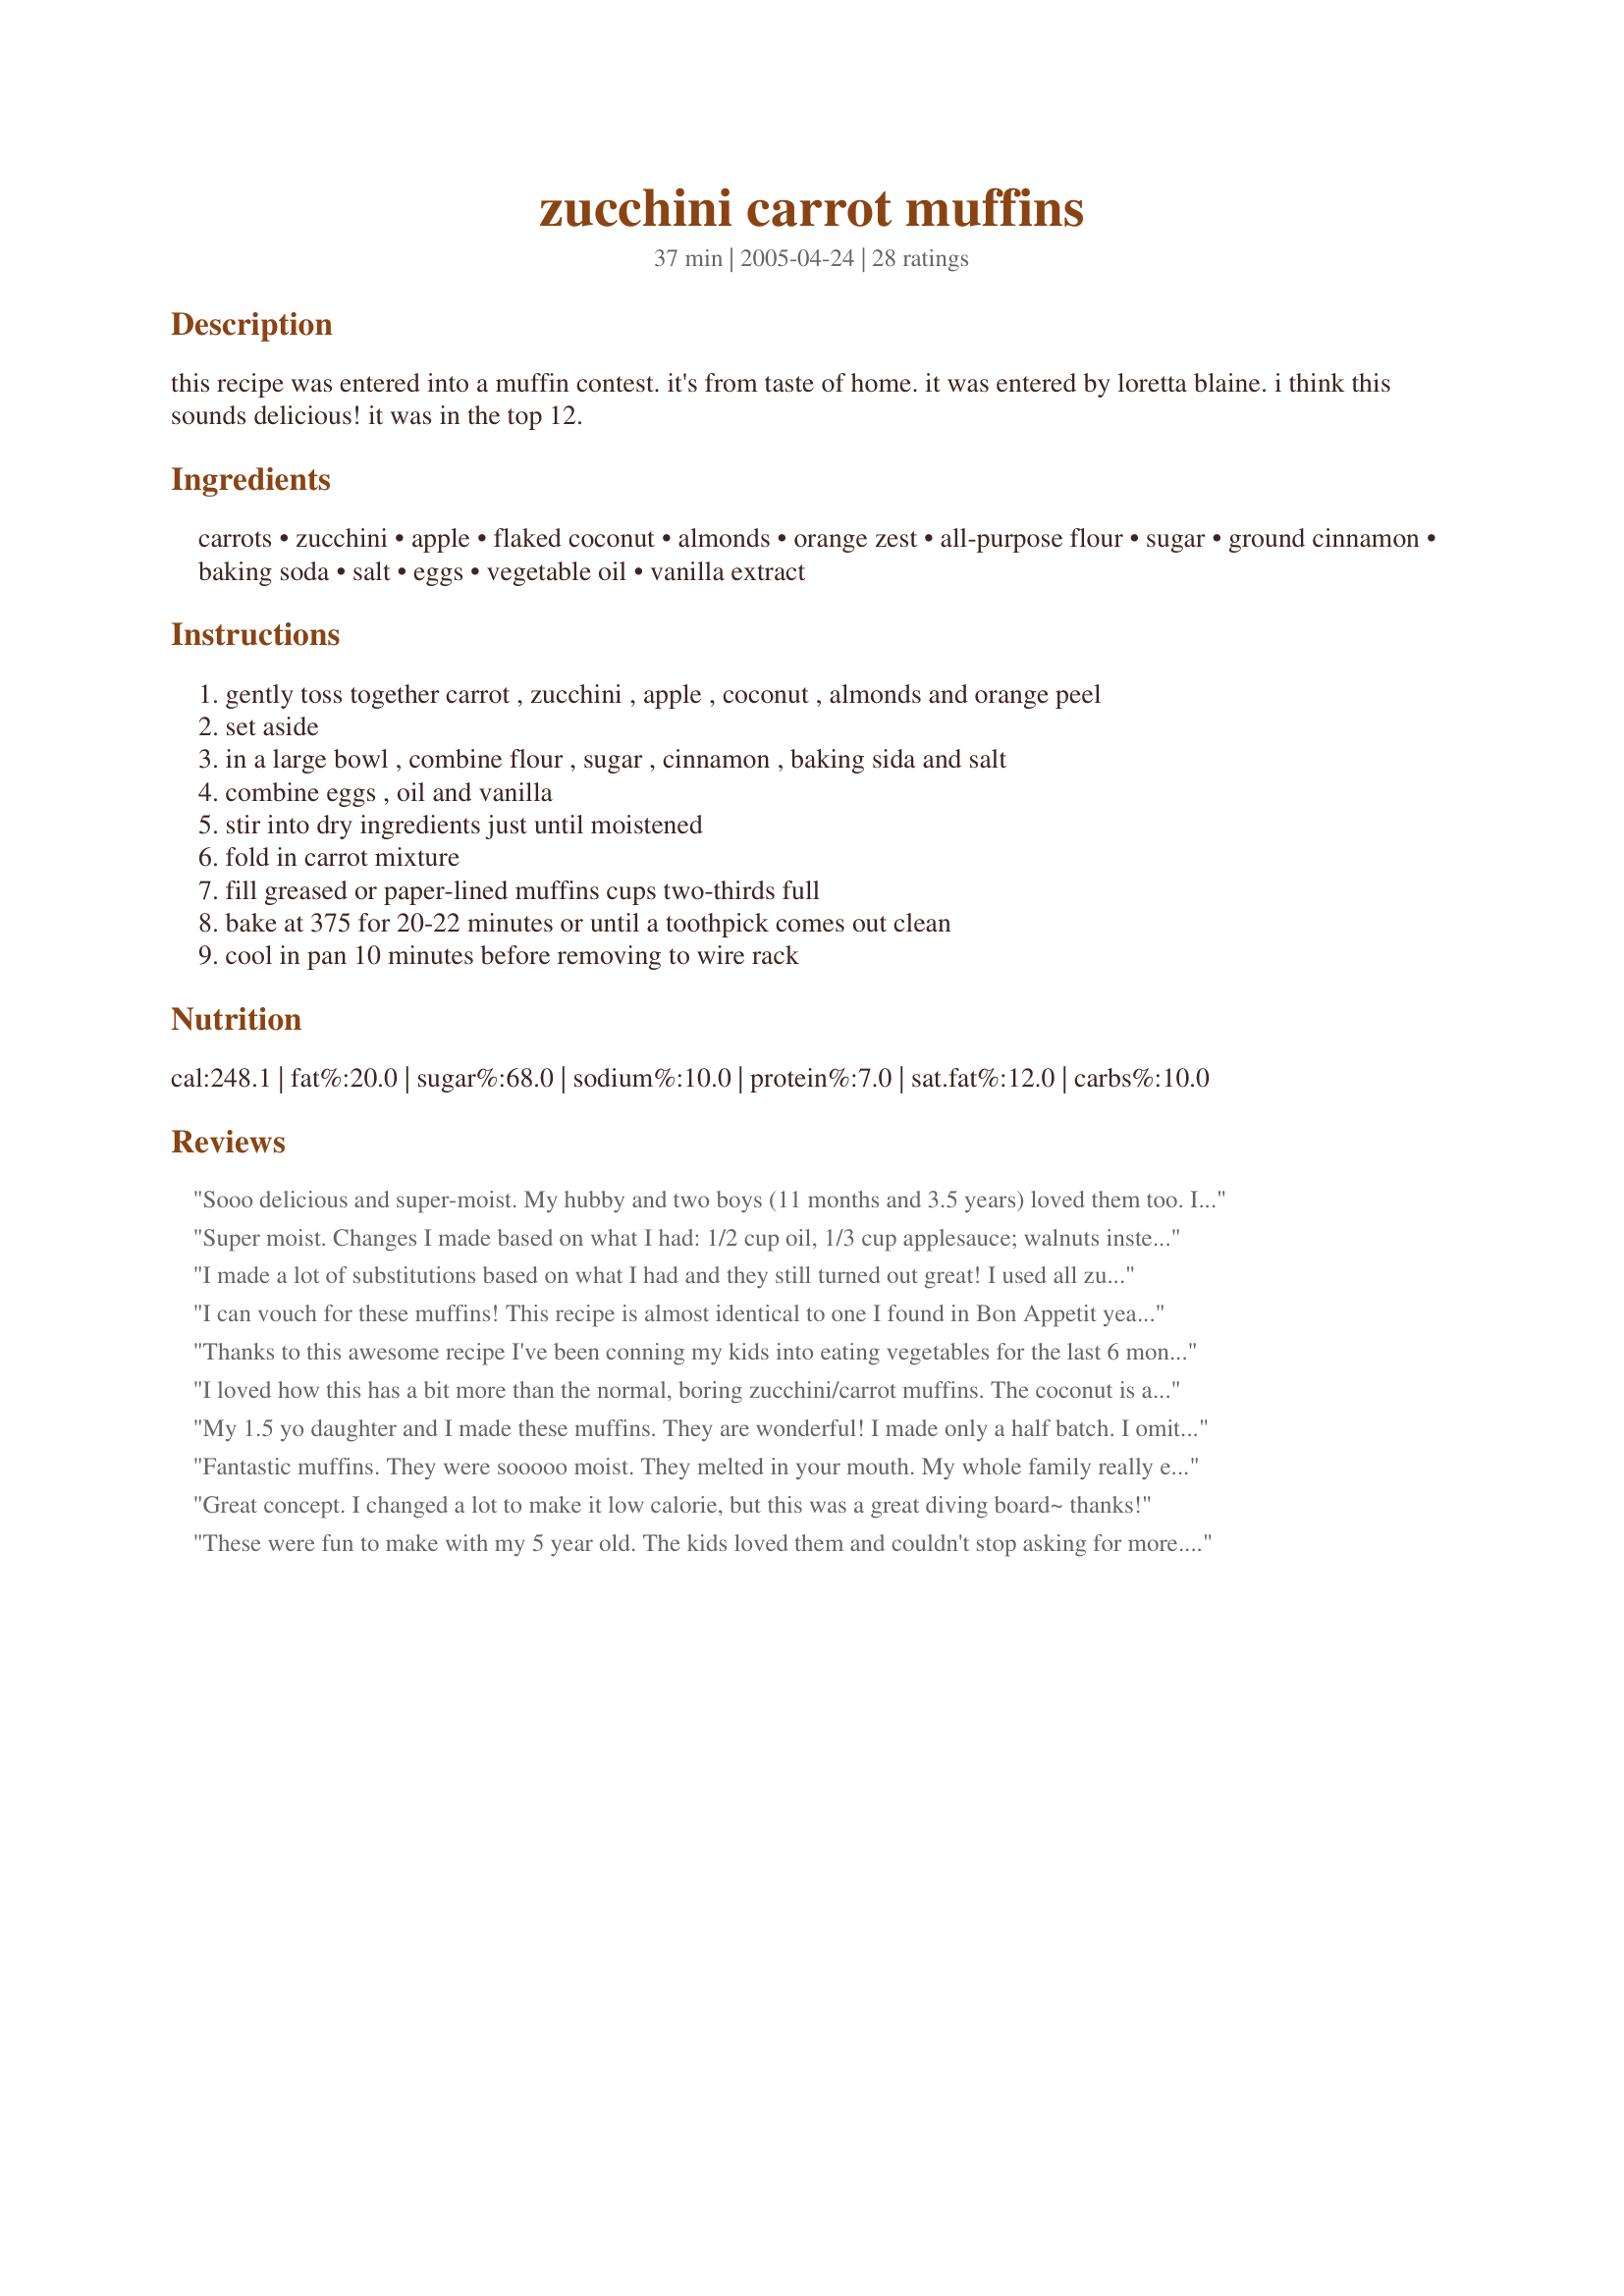
zucchini carrot muffins
Preparation time: 37 minutes

this recipe was entered into a muffin contest. it's from taste of home. it was entered by loretta blaine. i think this sounds delicious! it was in the top 12.

Ingredients:
carrots, zucchini, apple, flaked coconut, almonds, orange zest, all-purpose flour, sugar, ground cinnamon, baking soda, salt, eggs, vegetable oil, vanilla extract

Steps:
gently toss together carrot , zucchini , apple , coconut , almonds and orange peel
set aside
in a large bowl , combine flour , sugar , cinnamon , baking sida and salt
combine eggs , oil and vanilla
stir into dry ingredients just until moistened
fold in carrot mixture
fill greased or paper-lined muffins cups two-thirds full
bake at 375 for 20-22 minutes or until a toothpick comes out clean
cool in pan 10 minutes before removing to wire rack

Reviews:
Sooo delicious and super-moist. My hubby and two boys (11 months and 3.5 years) loved them too. I subbed raisins as I had no almonds, used organic cane sugar, and non-iodized sea salt, but otherwise stayed true to the recipe. My one complaint: too sweet. It could have been because of the raisins, but even still, I'll cut back by 1/4 cup next time to see if that helps. I'm also going to split the flour half unbleached white and half whole wheat, as well as subbing mashed banana for some of the oil and sugar. I'll post after I give it a try. Thank you for the recipe, it's a no-fight way to give the kiddies some veggies.
Super moist. Changes I made based on what I had: 1/2 cup oil, 1/3 cup applesauce; walnuts instead of almonds; no coconut; 1 cup sugar.<br/><br/>These are excellent, and are probably my favorite muffin now. Next time, I'll experiment with reducing the oil and sugar even more.
I made a lot of substitutions based on what I had and they still turned out great! I used all zucchini (no carrot or apple) and subbed part of the flour with cornmeal, and part of the sugar with brown sugar. I used pecans instead of almonds and no coconut. Orange and lemon zest, and added some fresh grated ginger on a whim.
I can vouch for these muffins! This recipe is almost identical to one I found in Bon Appetit years ago. The only difference is that the recipe I have calls for 3/4 cup golden raisins (I always use currants) and a full cup of oil (I'm sure 3/4 cup is just fine). Anyway they are moist and flavorful and I just love them.
Thanks to this awesome recipe I've been conning my kids into eating vegetables for the last 6 months now! Easy to substitute more or less of fruit and veg. so I use what I have around. Also use 1/4 sugar and 1 cup of Splenda because they are quite sweet otherwise! So moist, too. Sprinkle a little sugar/cinnamon on top for a crunch. My kids hate bananas so I'm glad to find a good alternative to them in a muffin!
I loved how this has a bit more than the normal, boring zucchini/carrot muffins. The coconut is a must! I didn't use apples, almonds, or orange zest. I used lemon zest instead and then drizzled a lemon glaze (1/2 cup powdered sugar mixed with 3 tsp lemon juice) on top of the muffins. Fantastic combination!!

I'd love to try it with apples and almonds next time I have them on hand. I made them in both mini muffin and regular muffin tins. I baked the mini muffin tin with a shorter time, and I really liked the mini size.
My 1.5 yo daughter and I made these muffins. They are wonderful! I made only a half batch. I omitted the almonds and did equal parts carrot and zucchini. I decreased the oil by two tablespoons (remember I am making a half batch), and added 1 T almond butter and 1 T applesauce. I also decreased the sugar 1/2 cup instead of 3/4. Just to make give it a bit of extra nutrition power I added 3 T toasted wheat germ. YUM!
Fantastic muffins. They were sooooo moist. They melted in your mouth. My whole family really enjoyed them. Thanks for posting.
Great concept. I changed a lot to make it low calorie, but this was a great diving board~ thanks!
These were fun to make with my 5 year old. The kids loved them and couldn't stop asking for more. Used pecans instead of almonds.
I love this recipe! I also changed it a little as I wanted less fat and sugar. I also didn&#039;t use carrots because I had a glut of zucchinis from the garden, so just exchanged the carrots for those. &lt;br/&gt;Zucchini Carrot Muffins &lt;br/&gt;3 cup shredded zucchini &lt;br/&gt;1 cup chopped peeled apple &lt;br/&gt;3/4 cup flaked coconut &lt;br/&gt;2 teaspoons orange zest &lt;br/&gt;2 cups all-purpose flour &lt;br/&gt;1/4 cups sugar &lt;br/&gt;1 tablespoon ground cinnamon &lt;br/&gt;2 teaspoons baking soda &lt;br/&gt;1/2 teaspoon salt &lt;br/&gt;3 eggs, lightly beaten &lt;br/&gt;1/4 cup vegetable oil &lt;br/&gt;1/2 cup apple sauce &lt;br/&gt;1 teaspoon vanilla extract &lt;br/&gt;That is the recipe I used. By adding the 1/2 cup of apple sauce that made it sweet enough with out having to add extra sugar, and it eliminated 2/3s of the oil content. This made the fat content 5g and the sugars 5g as well. &lt;br/&gt;Thanks for a great recipe :)
Um... YUM! I made these last night. I left out the coconut and almonds (didn't have any on hand). These are delish! I was inspired to make them since my 1 1/2 yr old doens't like her veggies. She LOVES them. Thanks!
This was so yummy! I made some for my parents as an impromptu gift in the mail -- they loved them! I used half brown sugar and half white sugar rather than just all white sugar. I also used walnuts in place of almonds. Such a yummy fall treat to make -- it's going in the books as a keeper!!
Delicious! I omitted the nuts, so that my daughter can bring some to school. They turned out perfectly! Only change i made was to only add 3/4C of sugar and then 1/4C Maple syrup. Figured that would make them really moist and it did!! Now I'm making more, but this time i omitted the almonds (actually forgot it), toasted both the walnuts and the coconut! This is gonna be Earth shattering delish!!! Oh and I'm gonna top some with maple butter!
Just made these with my 3 year old "helper" :) and they make the house smell so great! This seems to be a very nice and adaptable recipe, since many people have enjoyed them as posted, and I made a number of personal adjustments, and found them to be very nice and yummy! I can't wait to let the kids try them! For those who may be interested, I used 3/4 C whole wheat flour, 1/4 C spelt flour, 1/2 C almond flour, 1/2 C quinoa flakes 1/2 tsp Xantham Gum. I also added 2 Tbsp each of oat bran and ground flax. As well, I reduced the sugar to 1 C (2/3 brown, 1/3 white), and reduced the oil to 1/4 C with 1/2 C apple sauce. I'm not an orange fan, so I skipped the orange zest, and also forgot the chopped nuts (but I think they'd be really nice). I probably was generous in my measurements of the zucchini, carrots, and apple (as I just used the whole thing - 1 sm zucchinin, 2 med carrots, 1 med apple). All together this gave 2 dozen smallish muffins (only filled muffin papers about 3/4 full), plus 6 mini muffins. They were done in about 16 minutes.
I used half the carrots (I was a little short) &amp; doubled the zucchini in its place; added 1 mashed banana I needed to use up &amp; reduced the sugar by 1/4 cup. I also shredded the apple, since I was already shredding everything :) I didn&#039;t have the nuts or the orange zest this time. This yielded 12 full muffins &amp; 1 loaf pan. They were excellent, moist &amp; a beautiful warm brown. This is a great way to sneak in some veggies! I&#039;ll be making these again, thanks for sharing.
Awesome!! Love the texture and flavor. I used whole wheat flour. I also used coconut oil instead of vegetable oil. So really I just made some little healthy substitutions and did not set out to alter the recipe LOL. Still turned out delicious even with these little modifications! I&#039;ve made these several times and sometimes I don&#039;t have enough carrots, or enough apples, so I just kind of make up for it by adding extra of another fruit/veggie, just as long as I get to 4 cups. Also, I don&#039;t always have the coconut. They still always turn out awesome. A tablespoon of cinnamon really goes well with the apples, carrots, and zucchini.
These muffins are amazing! I realized after I made them that I forgot the coconut flakes, so I&#039;m sure they&#039;ll be even more amazing the next time I make them!
These were great! I added some flax seed meal, brewer's yeast and chia seeds to up the nutrition. I thought they were absolutely delicious and will definitely be making them again. I grated the apple in, since I had the grater out. There was a TON of vegetables/fruit to be mixed it. I love it!
yumyumyum! I try not to rate a recipe when I have changed everything about it, but I really feel like this recipe is pretty versatile. I used what I had on hand, trying to stay as true to it as possible. (for me!) I had frozen 3 cup packages of mixed shredded squash,zucchini and carrots from last fall and was looking for a way to use them up! One of these baggies, + a finely chopped apple fit the recipe perfectly! I didn&#039;t have cinnamon but I had apple pie spice so I used that, and I did not have vegetable oil so I used melted coconut oil. I also did not have almonds so I used walnuts. I also used a mixture of all purpose and whole wheat flour. Awesome!!!! Warm from the oven, they are fantastic! We will see what happens to the texture and flavour when they are completely cooled. I reserved one star just in case they become &quot;meh&quot; :)
Amazing. I can't say I followed the recipe exactly...here's what I did: Used roughly 1 cup carrot, 1.5 cup zucchini and 1 cup chopped apple. Omitted orange zest. Reduced sugar down to a little less than 1 cup, reduced oil to 1/2 cup and added 1 individual portion unsweetened apple sauce (about 1/3 c?). Increased vanilla to 2 tsp. It was perfect, the kids loved them, they aren't too sweet but just sweet enough. The addition of the vanilla really adds to the "homemade" flavor. Used a regular size muffin tin and it made exactly 24 smallish muffins.
Very nice, I made half the recipe. It&#039;s also quite fool proof, I put amounts more or less and still the muffins came out nice. The kids liked them a lot and it&#039;s a great way of putting inside stuff they wouldn&#039;t normally eat (in our case carrots and zucchini....). Next time I&#039;m planning to add some flax seeds. Thank you for sharing this recipes.
Really good. I did what many reviewers did, and subbed what I had for this recipe; all zucchini, no almonds, and one small apple. Very moist and delish.
I used raisins instead of the almonds because school is nut free. This is a very good muffin. Yes batter before vegies and fruit is very stiff and thick. I will be making these often.
Very nice recipe! Thank you.
My 6-year-old son & I love these muffins! We each ate two as soon as they cooled. They are our new favorite. :)
I loved these muffins. I used applesauce instead of apples because I didn't have any apples. I really liked the combination of healthy ingredients. I will definitely be making these muffins again and will be keeping this recipe to use up all my delicious zucchini from my garden. 10 stars!! Thank you for posting this recipe.
This recipe was delicious! I would highly recommend it. I've been searching for a recipe to use up zucchini from my garden and stumbled across this zucchini carrot muffin recipe. The only thing I changed was combining the carrots and zucchini to come up with 3 cups. It was perfect and so easy to make.
